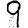
Digit: 9